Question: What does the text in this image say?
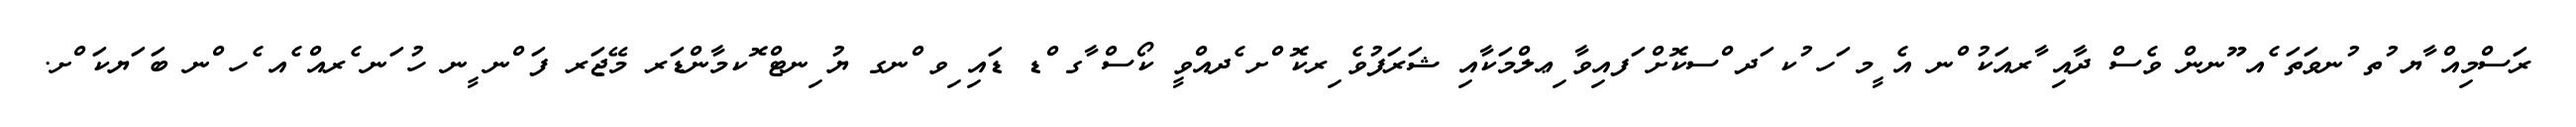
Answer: ރަސްމިއް ާޔ ުތ ުނވަތަ ެއ ޫނން ވެސް ދާއި ާރއަކު ްނ އެ ީމ ަހ ުކ ަދ ްސކޮށް ަފއިވާ ިޢލްމަކާއި ޝަރަފުވެ ިރކޮ ްށ ެދއްވީ ކޯސް ާގ ްޑ ޑައި ިވ ްނގ ޔު ިނޓް ޮކމާންޑަރ މޭޖަރ ފަ ްނ ީނ ހު ަނ ެރއް ެއ ެހ ްނ ބަ ަޔކަ ްށ.